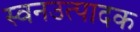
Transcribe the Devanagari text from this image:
स्वनउत्पादक